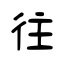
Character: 往